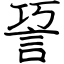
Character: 䛒